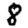
Digit: 8